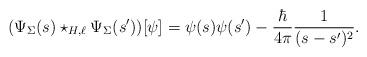
LaTeX: \begin{align*} (\Psi_{\Sigma}(s) \star_{H, \ell} \Psi_{\Sigma}(s'))[\psi] = \psi(s)\psi(s') - \frac{\hbar}{4 \pi} \frac{1}{(s - s')^2}.\end{align*}